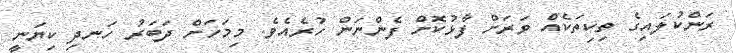
ރަންކުލައިގެ ތިކިތަކެއް ވަރަށް ފާޅުކޮށް ފެންނަން ހުރެއެވެ. މިމަހަށް ދަބަރު ހަނދި ކިޔަނީ